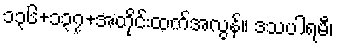
၁၃၆+၁၃၇+အတိုင်းထက်အလွန်။ ဒသပါရမီ၊